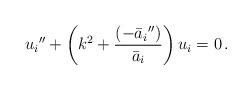
LaTeX: \begin{align*}{u_i}''+\left(k^2+\frac{({-\bar{a}_i}'')}{\bar{a}_i}\right)u_i=0 \,.\end{align*}